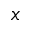
x